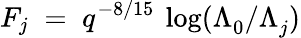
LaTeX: F_{j}\; =\; q^{-8/15}\: \log(\Lambda_{0}^{}/\Lambda_{j}^{})